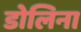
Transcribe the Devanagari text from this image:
डोलिना